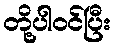
တို့ပါဝင်ပြီး